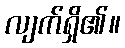
လျက်ရှိ၏။